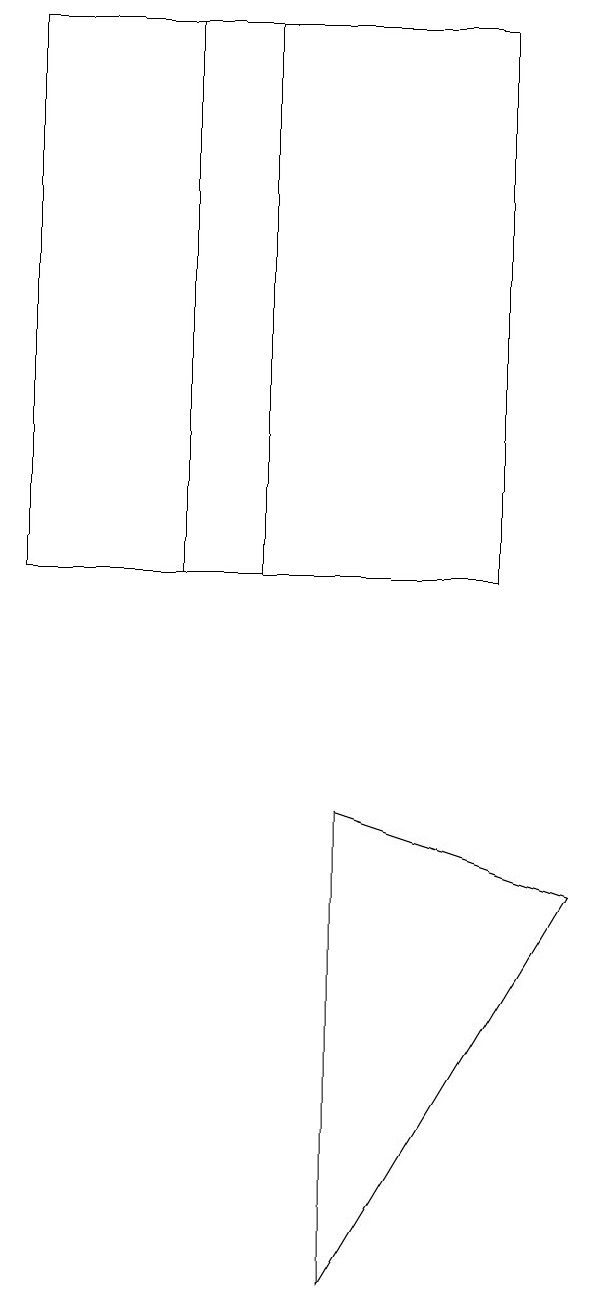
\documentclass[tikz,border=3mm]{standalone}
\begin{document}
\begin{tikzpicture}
\draw (2,12) rectangle (6,19);
\draw (7,8) -- (4,3) -- (4,9) -- cycle;
\draw (0,12) rectangle (3,19);
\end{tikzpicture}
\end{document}